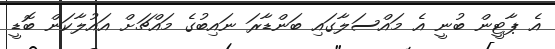
އެ ޕާޓީން ބުނީ އެ މައްސަލާގައި ބަންޑާރަ ނައިބުގެ މައްޗަށް އައުލާކަން ބޮޑީ